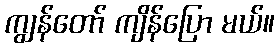
ကျွန်တော် ကျိန်ပြော မယ်။